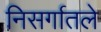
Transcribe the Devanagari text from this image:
निसर्गातले